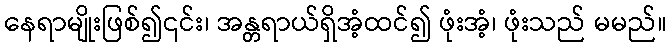
နေရာမျိုးဖြစ်၍၎င်း၊ အန္တရာယ်ရှိအံ့ထင်၍ ဖုံးအံ့၊ ဖုံးသည် မမည်။